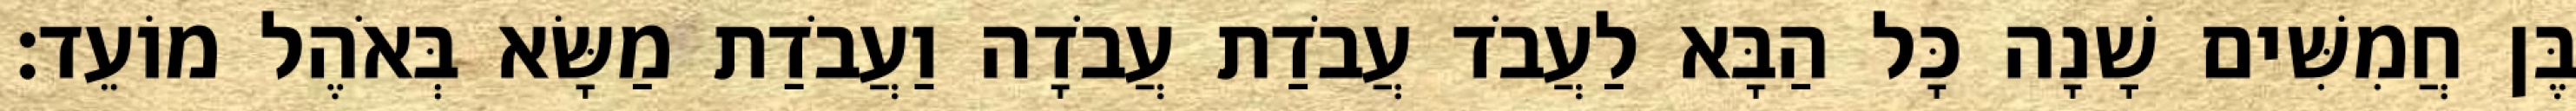
בֶּן חֲמִשִּׁים שָׁנָה כָּל הַבָּא לַעֲבֹד עֲבֹדַת עֲבֹדָה וַעֲבֹדַת מַשָּׂא בְּאֹהֶל מוֹעֵד׃